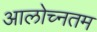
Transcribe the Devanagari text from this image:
आलोच्नतम